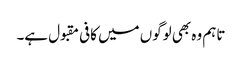
تاہم وہ بھی لوگوں میں کافی مقبول ہے۔